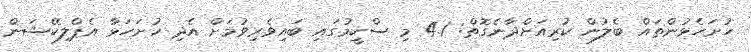
ހުށަހެޅުންތައް ބެލުން ކުރިއަށްދާނެގޮތް: 4.1 މި ސްކީމުގައި ބައިވެރިވުމަށް އެދި ހުށަހަޅާ އެޕްލިކޭޝަން